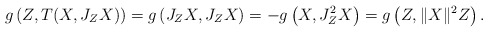
\begin{align*}g\left(Z, T(X,J_ZX) \right) = g\left(J_ZX, J_ZX \right) = -g\left(X, J^2_ZX \right) = g\left( Z, \|X\|^2 Z \right).\end{align*}